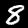
Label: 8